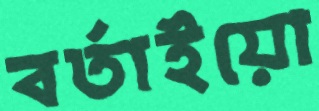
বর্তাইয়ো